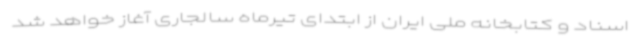
اسناد و کتابخانه ملی ایران از ابتدای تیرماه سالجاری آغاز خواهد شد